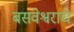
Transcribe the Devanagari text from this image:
बसवेश्वराचे